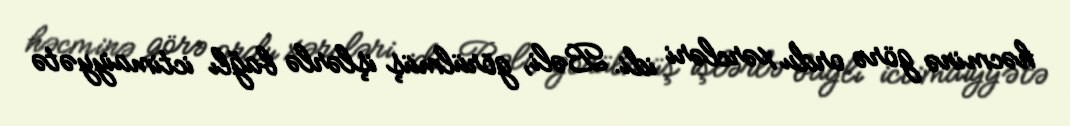
həcminə görə ordu xərcləri idi. Bəli, görülmüş işlərlə bağlı ictimaiyyətə